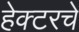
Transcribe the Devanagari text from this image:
हेक्टरचे